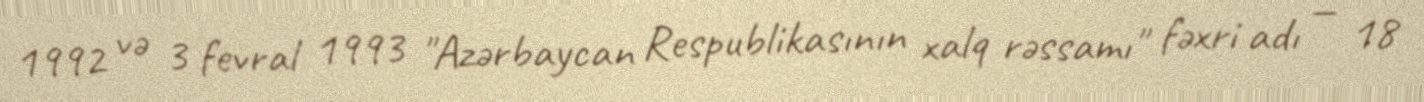
1992 və 3 fevral 1993 "Azərbaycan Respublikasının xalq rəssamı" fəxri adı — 18